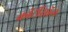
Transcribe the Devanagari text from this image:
कॉर्टीसॉल